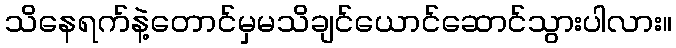
သိနေရက်နဲ့တောင်မှမသိချင်ယောင်ဆောင်သွားပါလား။